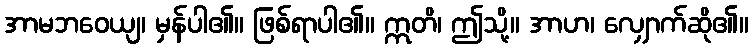
အာမဘဝေယျ၊ မှန်ပါ၏။ ဖြစ်ရာပါ၏။ ဣတိ၊ ဤသို့။ အာဟ၊ လျှောက်ဆို၏။